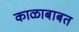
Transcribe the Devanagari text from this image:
काळाबाबत